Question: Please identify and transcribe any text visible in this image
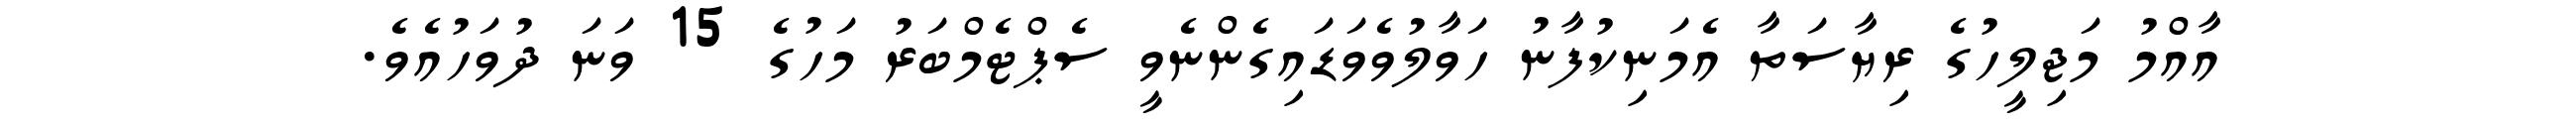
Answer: އާއްމު މަޖިލީހުގެ ރިޔާސަތާ އެމަނިކުފާނު ހަވާލުވެވަޑައިގެންނެވީ ސެޕްޓެމްބަރު މަހުގެ 15 ވަނަ ދުވަހުއެވެ.